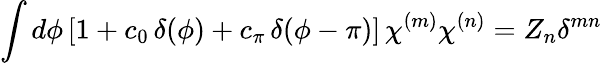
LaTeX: \int d\phi\, [1+c_{0}\, \delta(\phi)+c_{\pi}\, \delta(\phi-\pi)]\, \chi^{(m)}\chi^{(n)}=Z_{n}\delta^{mn}